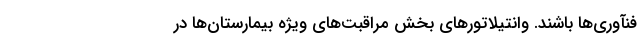
فنآوری‌ها باشند. وانتیلاتورهای بخش مراقبت‌های ویژه بیمارستان‌ها در